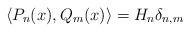
LaTeX: \begin{align*}\langle P_n(x),Q_m(x)\rangle=H_n\delta_{n,m}\end{align*}